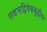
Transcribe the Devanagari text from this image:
सदसद्विवेकबुद्धीवर